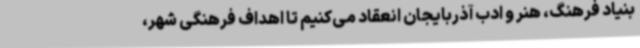
بنیاد فرهنگ، هنر و ادب آذربایجان انعقاد می‌کنیم تا اهداف فرهنگی شهر،